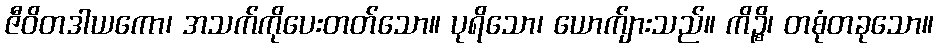
ဇီဝိတဒါယကော၊ အသက်ကိုပေးတတ်သော။ ပုရိသော၊ ယောက်ျားသည်။ ကိဉ္စိ၊ တစုံတခုသော။